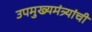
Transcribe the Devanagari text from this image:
उपमुख्यमंत्र्यांची